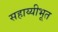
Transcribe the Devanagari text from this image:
सहाय्यीभूत